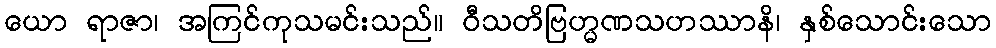
ယော ရာဇာ၊ အကြင်ကုသမင်းသည်။ ဝီသတိဗြဟ္မဏသဟဿာနိ၊ နှစ်သောင်းသော